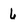
Character: 6